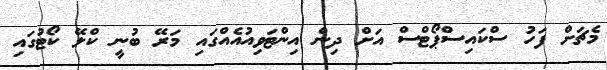
މެޗަށް ފަހު ސްކައިސްޕޯޓްސް އަށް ދިން އިންޓަވިއުއެއްގައި މަރޭ ބުނީ ކްލޭ ކޯޓުގައި